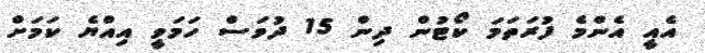
އެއީ އެންމެ ފުރަތަމަ ކޯޓުން ދިން 15 ދުވަސް ހަމަވީ އިއްޔެ ކަމަށް